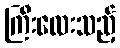
ကြီးလေးသည့်